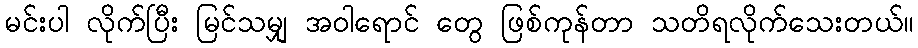
မင်းပါ လိုက်ပြီး မြင်သမျှ အဝါရောင် တွေ ဖြစ်ကုန်တာ သတိရလိုက်သေးတယ်။